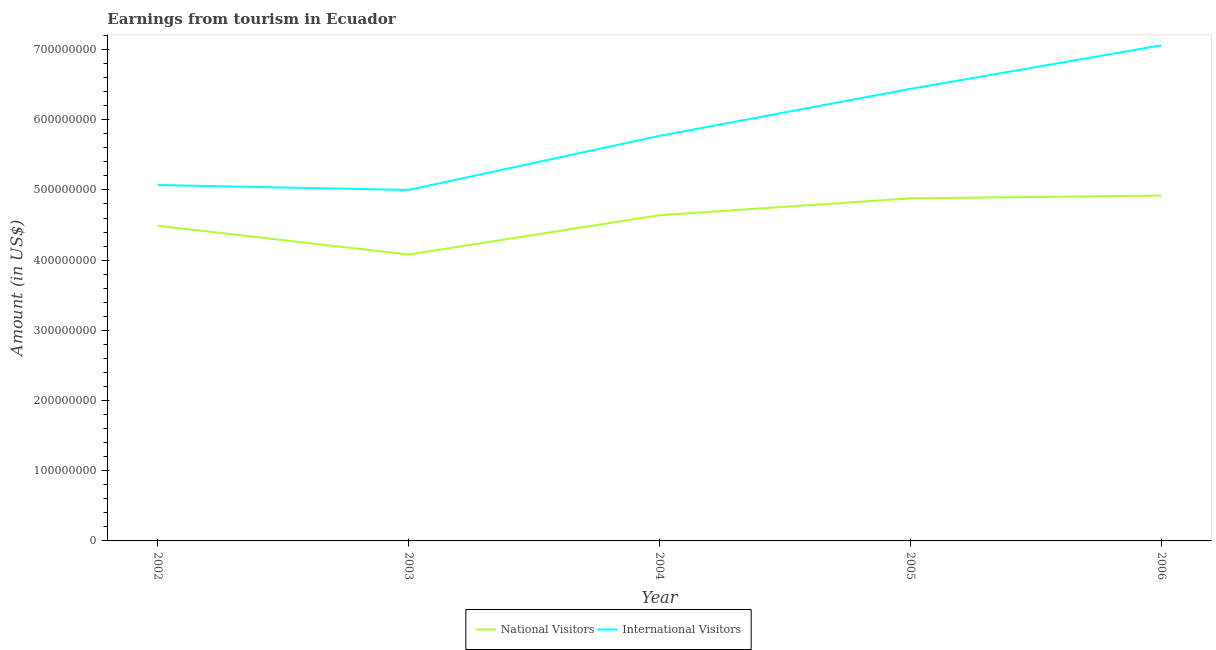
| Year | National Visitors | International Visitors |
 | --- | --- | --- |
 | 2002 | 4.49e+08 | 5.07e+08 |
 | 2003 | 4.08e+08 | 5e+08 |
 | 2004 | 4.64e+08 | 5.77e+08 |
 | 2005 | 4.88e+08 | 6.44e+08 |
 | 2006 | 4.92e+08 | 7.06e+08 |